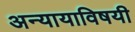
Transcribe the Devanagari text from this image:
अन्यायाविषयी